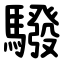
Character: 驋